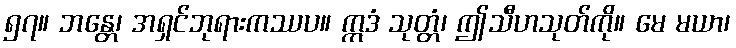
၅၇။ ဘန္တေ၊ အရှင်ဘုရားကဿပ။ ဣဒံ သုတ္တံ၊ ဤသီဟသုတ်ကို။ မေ မယာ၊